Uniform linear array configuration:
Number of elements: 8
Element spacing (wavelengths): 0.25
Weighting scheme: blackman
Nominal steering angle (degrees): -15
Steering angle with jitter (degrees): -13.837
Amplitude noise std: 0.05
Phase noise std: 0.05

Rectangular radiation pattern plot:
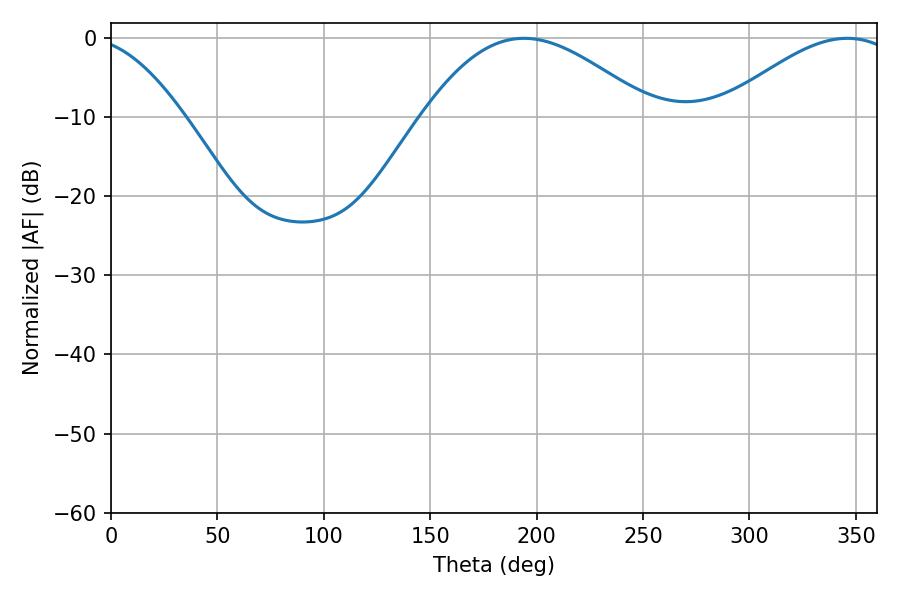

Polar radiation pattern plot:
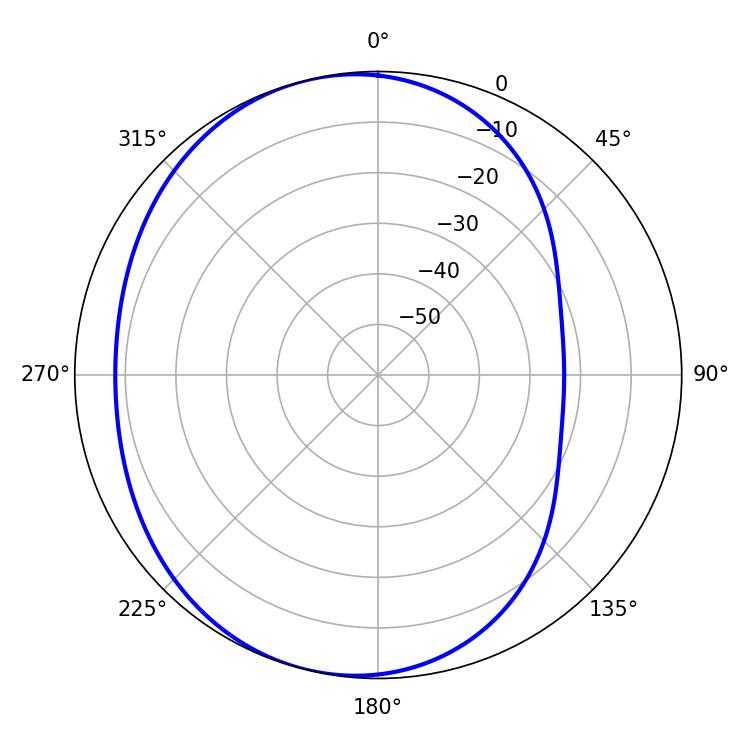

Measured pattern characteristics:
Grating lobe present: FALSE
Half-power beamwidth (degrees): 58.14
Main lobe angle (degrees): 194.04